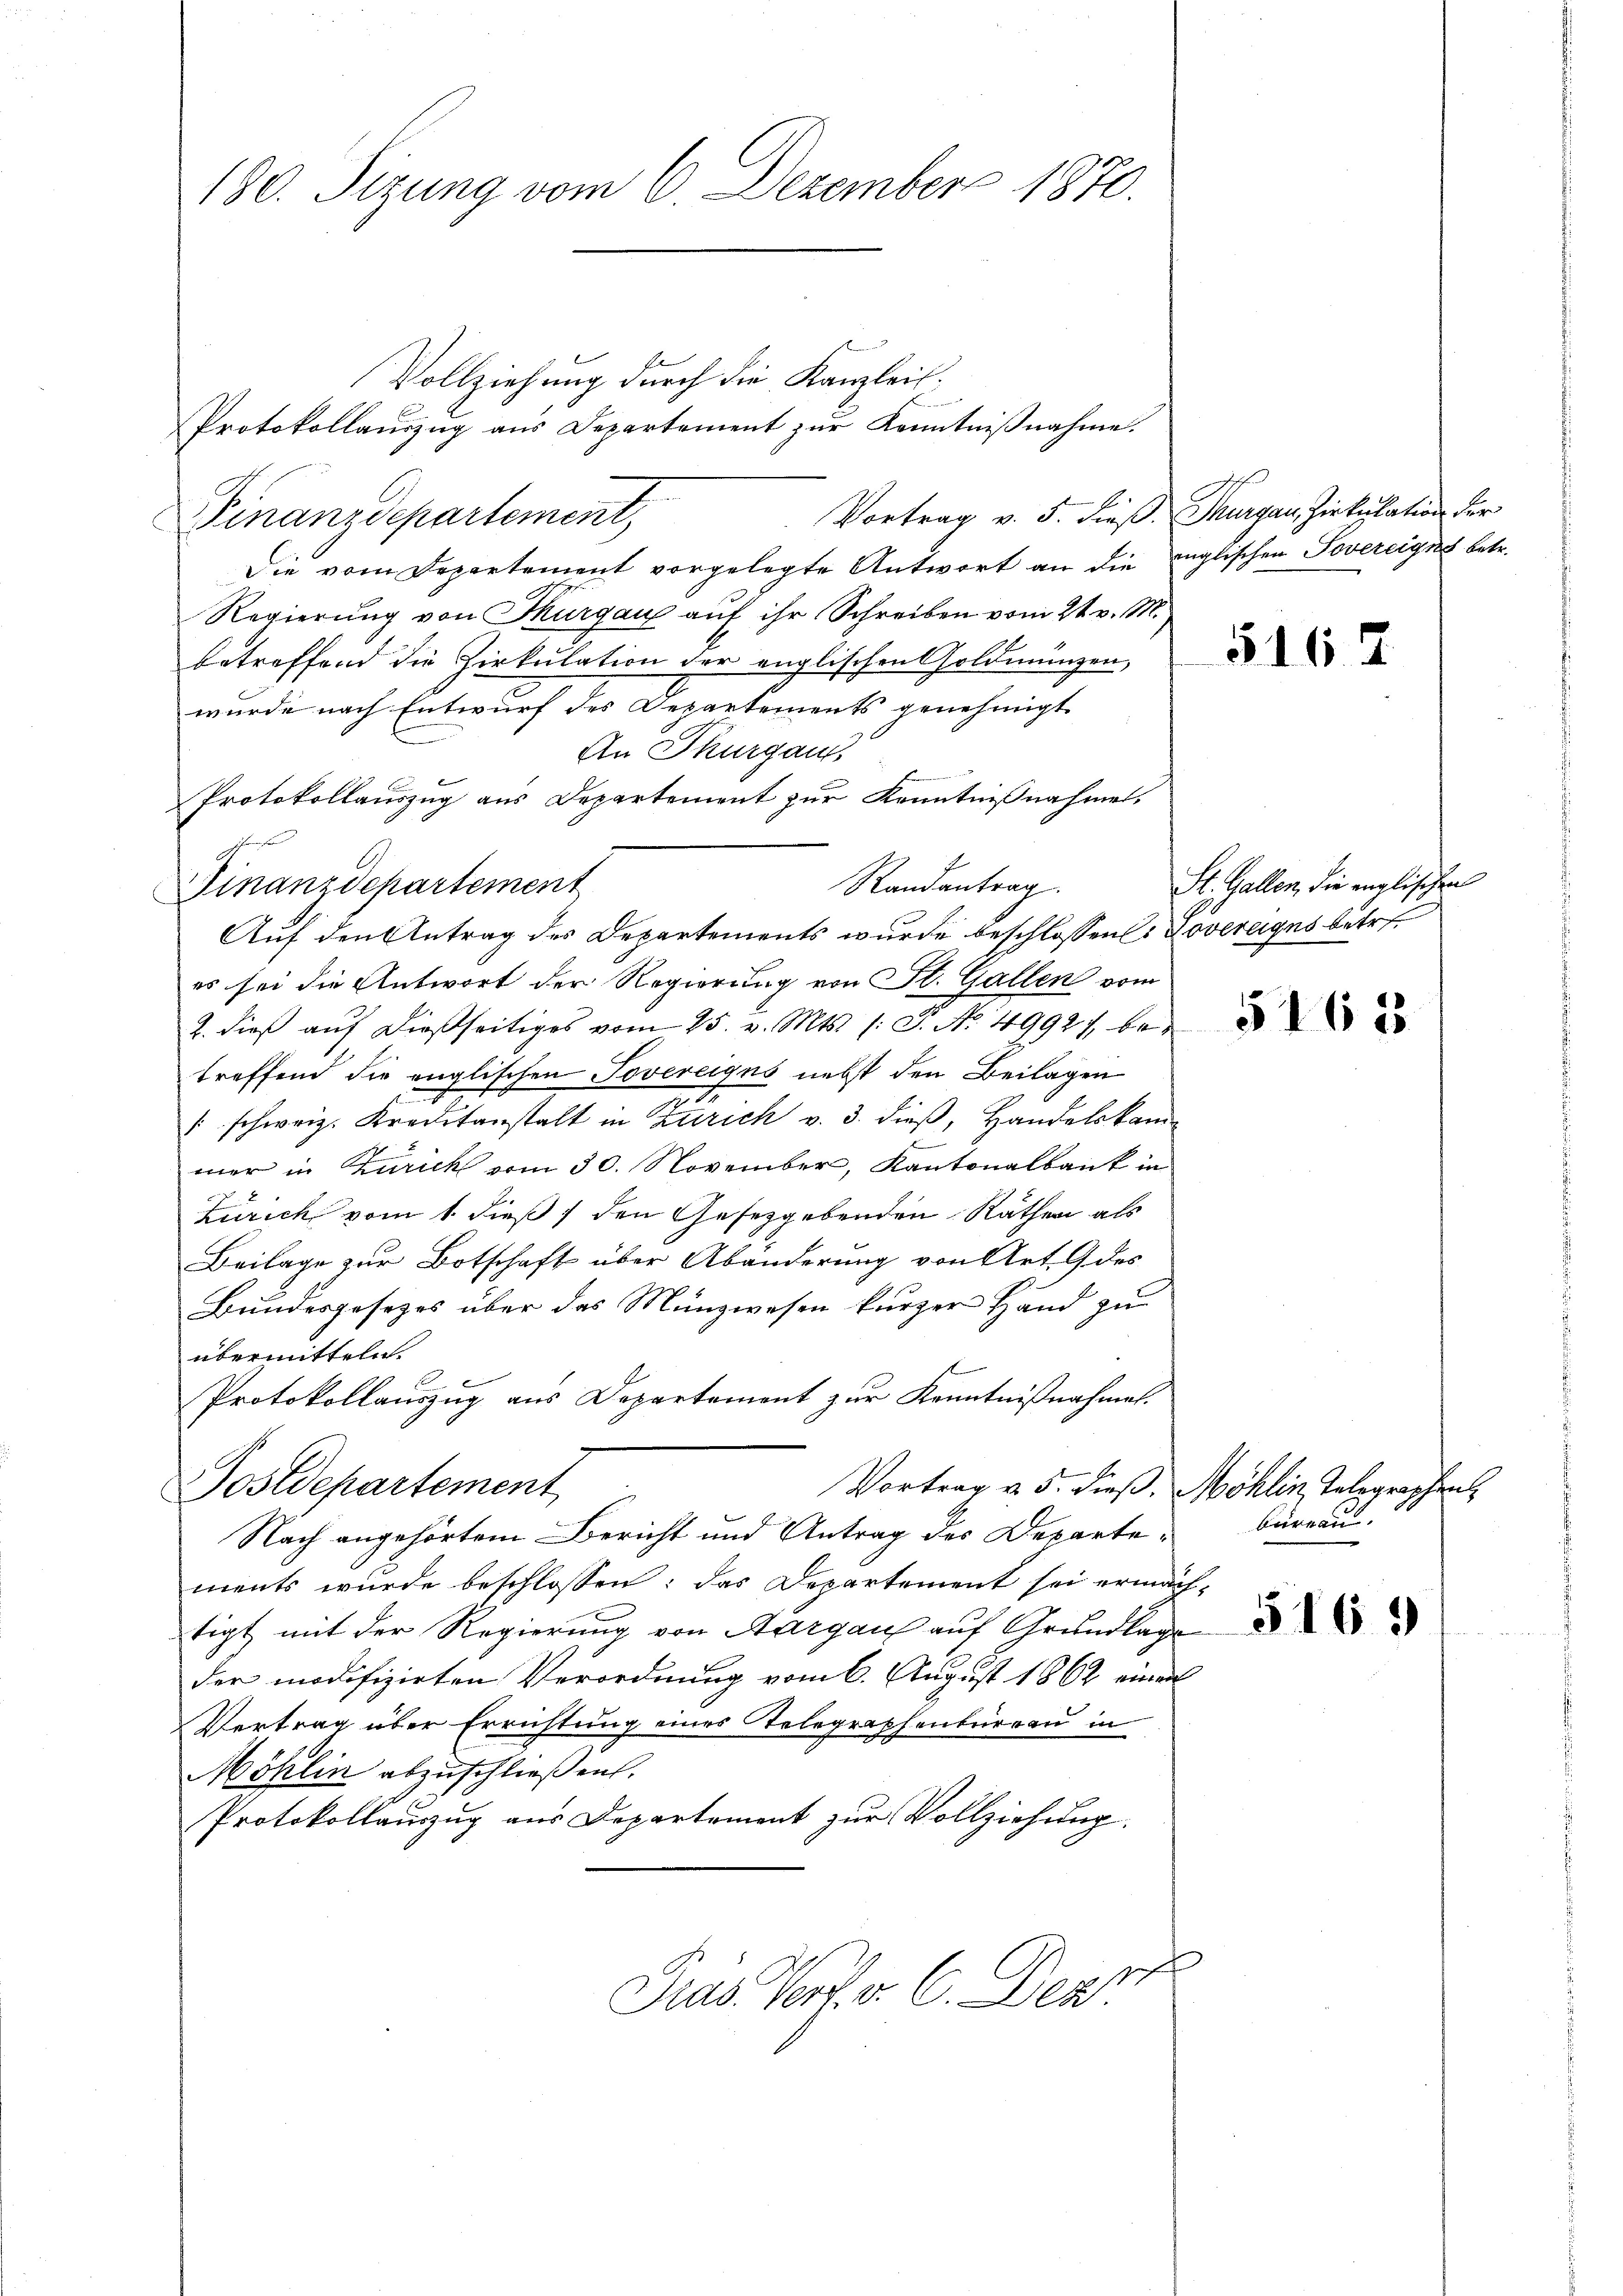
180. Sizung vom 6. Dezember 1870.

Vollziehung durch die Kanzleit¬
Protokollauszug aus Departement zur Kenntnißnahme.
Vortrag v. 5. dieß. Thurgau, Zirkulation der
Finanzdepartement
Die vom Departement vorgelegte Antwort an die englischen Jovereigns betr.
Regierung von Thurgau auf ihr Schreiben vom 21. v. M.
betreffend die Zirkulation der englischen Goldmünzen,
wurde nach Entwurf des Departements genehmigt
An Thurgaus
Protokollauszug aus Departement zur Kenntnißnahmen.
Auf den Antrag des Departements wurde beschlossen: Dovereiges betr.
es sei die Antwort der Regierung von St. Gallen vom
2. dieß auf dießseitiges vom 25. v. Mts. (: P. No. 4992. betreffend die englischen Tovereiges nebst den Beilagen
" schweiz. Kreditanstalt in Zürich v. 3. dieß, Handelskammer in Zürich vom 30. November, Kantonalbank in
Zürich vom 1. dieß, den Gesetzgebenden Räthen als
Beilage zur Botschaft über Abänderung von Art. 9 des
Bundesgesetzes über das Münzwesen kurzer Hand zu
übermitteln.
Protokollauszug aus Departement zur Kenntnißnahmen.
Vortrag v. 5. dieß.
Postdepartement
Nach angehörtem Bericht und Antrag des Departements wurde beschlossen: das Departement sei erman
tigt mit der Regierung von Aargaus auf Grundlag
der modifizirten Verordnung vom 6. August 1862 einen
Vertrag über Errichtung eines Telegraphenbureau in
Möhlin abzuschließen.
Protokollauszug aus Departement zur Vollziehung.
geh
Fras Verf. v. C. Dez

Finanzdepartement

Randantrag.

516

St. Gallen, die englischen

5162

Möhlin Telegraphen
büreau.
.

5169